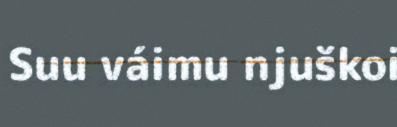
Suu váimu njuškoi